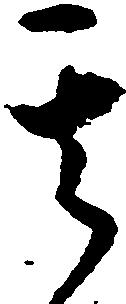
其